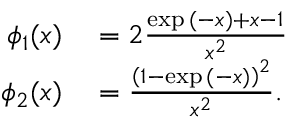
\begin{array} { r l } { \phi _ { 1 } ( x ) } & { { } = 2 \frac { \exp { ( - x ) } + x - 1 } { x ^ { 2 } } } \\ { \phi _ { 2 } ( x ) } & { { } = \frac { \left( 1 - \exp { ( - x ) } \right) ^ { 2 } } { x ^ { 2 } } . } \end{array}